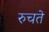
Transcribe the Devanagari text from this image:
रुचते